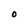
Character: O